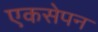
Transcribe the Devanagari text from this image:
एकसेपन